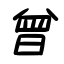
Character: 曾